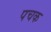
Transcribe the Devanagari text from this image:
पचक